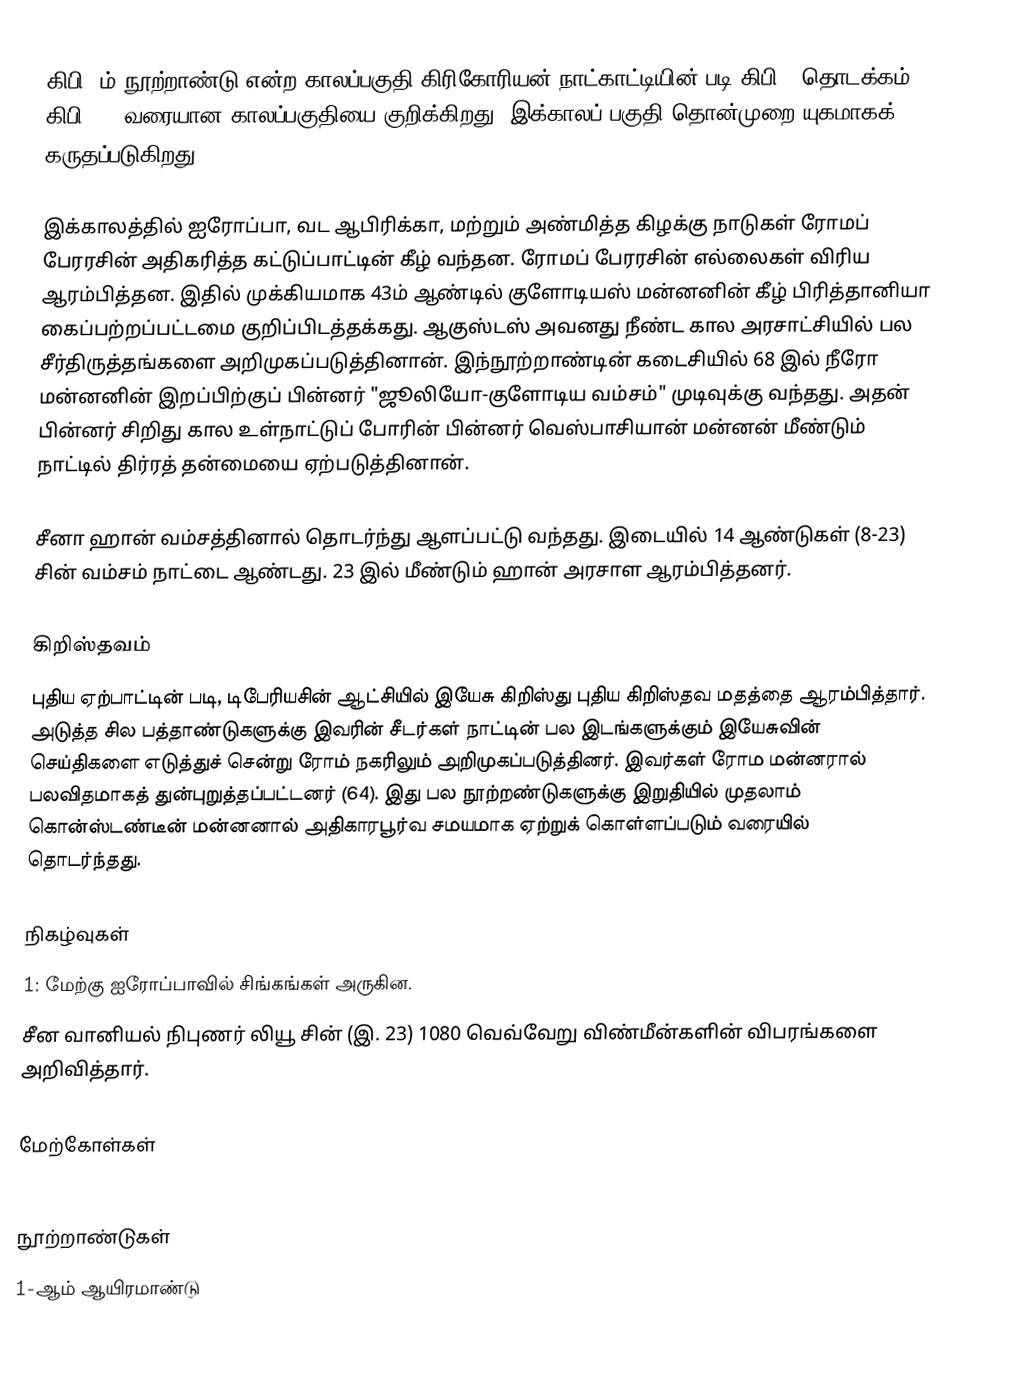
கிபி 1ம் நூற்றாண்டு என்ற காலப்பகுதி கிரிகோரியன் நாட்காட்டியின் படி கிபி 1 தொடக்கம் கிபி 100 வரையான காலப்பகுதியை குறிக்கிறது. இக்காலப் பகுதி தொன்முறை யுகமாகக் கருதப்படுகிறது.

இக்காலத்தில் ஐரோப்பா, வட ஆபிரிக்கா, மற்றும் அண்மித்த கிழக்கு நாடுகள் ரோமப் பேரரசின் அதிகரித்த கட்டுப்பாட்டின் கீழ் வந்தன. ரோமப் பேரரசின் எல்லைகள் விரிய ஆரம்பித்தன. இதில் முக்கியமாக 43ம் ஆண்டில் குளோடியஸ் மன்னனின் கீழ் பிரித்தானியா கைப்பற்றப்பட்டமை குறிப்பிடத்தக்கது. ஆகுஸ்டஸ் அவனது நீண்ட கால அரசாட்சியில் பல சீர்திருத்தங்களை அறிமுகப்படுத்தினான். இந்நூற்றாண்டின் கடைசியில் 68 இல் நீரோ மன்னனின் இறப்பிற்குப் பின்னர் "ஜூலியோ-குளோடிய வம்சம்" முடிவுக்கு வந்தது. அதன் பின்னர் சிறிது கால உள்நாட்டுப் போரின் பின்னர் வெஸ்பாசியான் மன்னன் மீண்டும் நாட்டில் திர்ரத் தன்மையை ஏற்படுத்தினான்.

சீனா ஹான் வம்சத்தினால் தொடர்ந்து ஆளப்பட்டு வந்தது. இடையில் 14 ஆண்டுகள் (8-23) சின் வம்சம் நாட்டை ஆண்டது. 23 இல் மீண்டும் ஹான் அரசாள ஆரம்பித்தனர்.

கிறிஸ்தவம்
புதிய ஏற்பாட்டின் படி, டிபேரியசின் ஆட்சியில் இயேசு கிறிஸ்து புதிய கிறிஸ்தவ மதத்தை ஆரம்பித்தார். அடுத்த சில பத்தாண்டுகளுக்கு இவரின் சீடர்கள் நாட்டின் பல இடங்களுக்கும் இயேசுவின் செய்திகளை எடுத்துச் சென்று ரோம் நகரிலும் அறிமுகப்படுத்தினர். இவர்கள் ரோம மன்னரால் பலவிதமாகத் துன்புறுத்தப்பட்டனர் (64). இது பல நூற்றண்டுகளுக்கு இறுதியில் முதலாம் கொன்ஸ்டண்டீன் மன்னனால் அதிகாரபூர்வ சமயமாக ஏற்றுக் கொள்ளப்படும் வரையில் தொடர்ந்தது.

நிகழ்வுகள்
1: மேற்கு ஐரோப்பாவில் சிங்கங்கள் அருகின.
 சீன வானியல் நிபுணர் லியூ சின் (இ. 23) 1080 வெவ்வேறு விண்மீன்களின் விபரங்களை அறிவித்தார்.

மேற்கோள்கள்

நூற்றாண்டுகள்
1-ஆம் ஆயிரமாண்டு